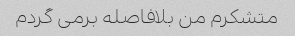
متشکرم من بلافاصله برمی گردم